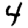
Digit: 4